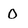
Character: 0